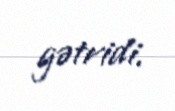
gətridi.